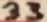
Text: 33